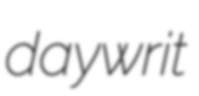
daywrit